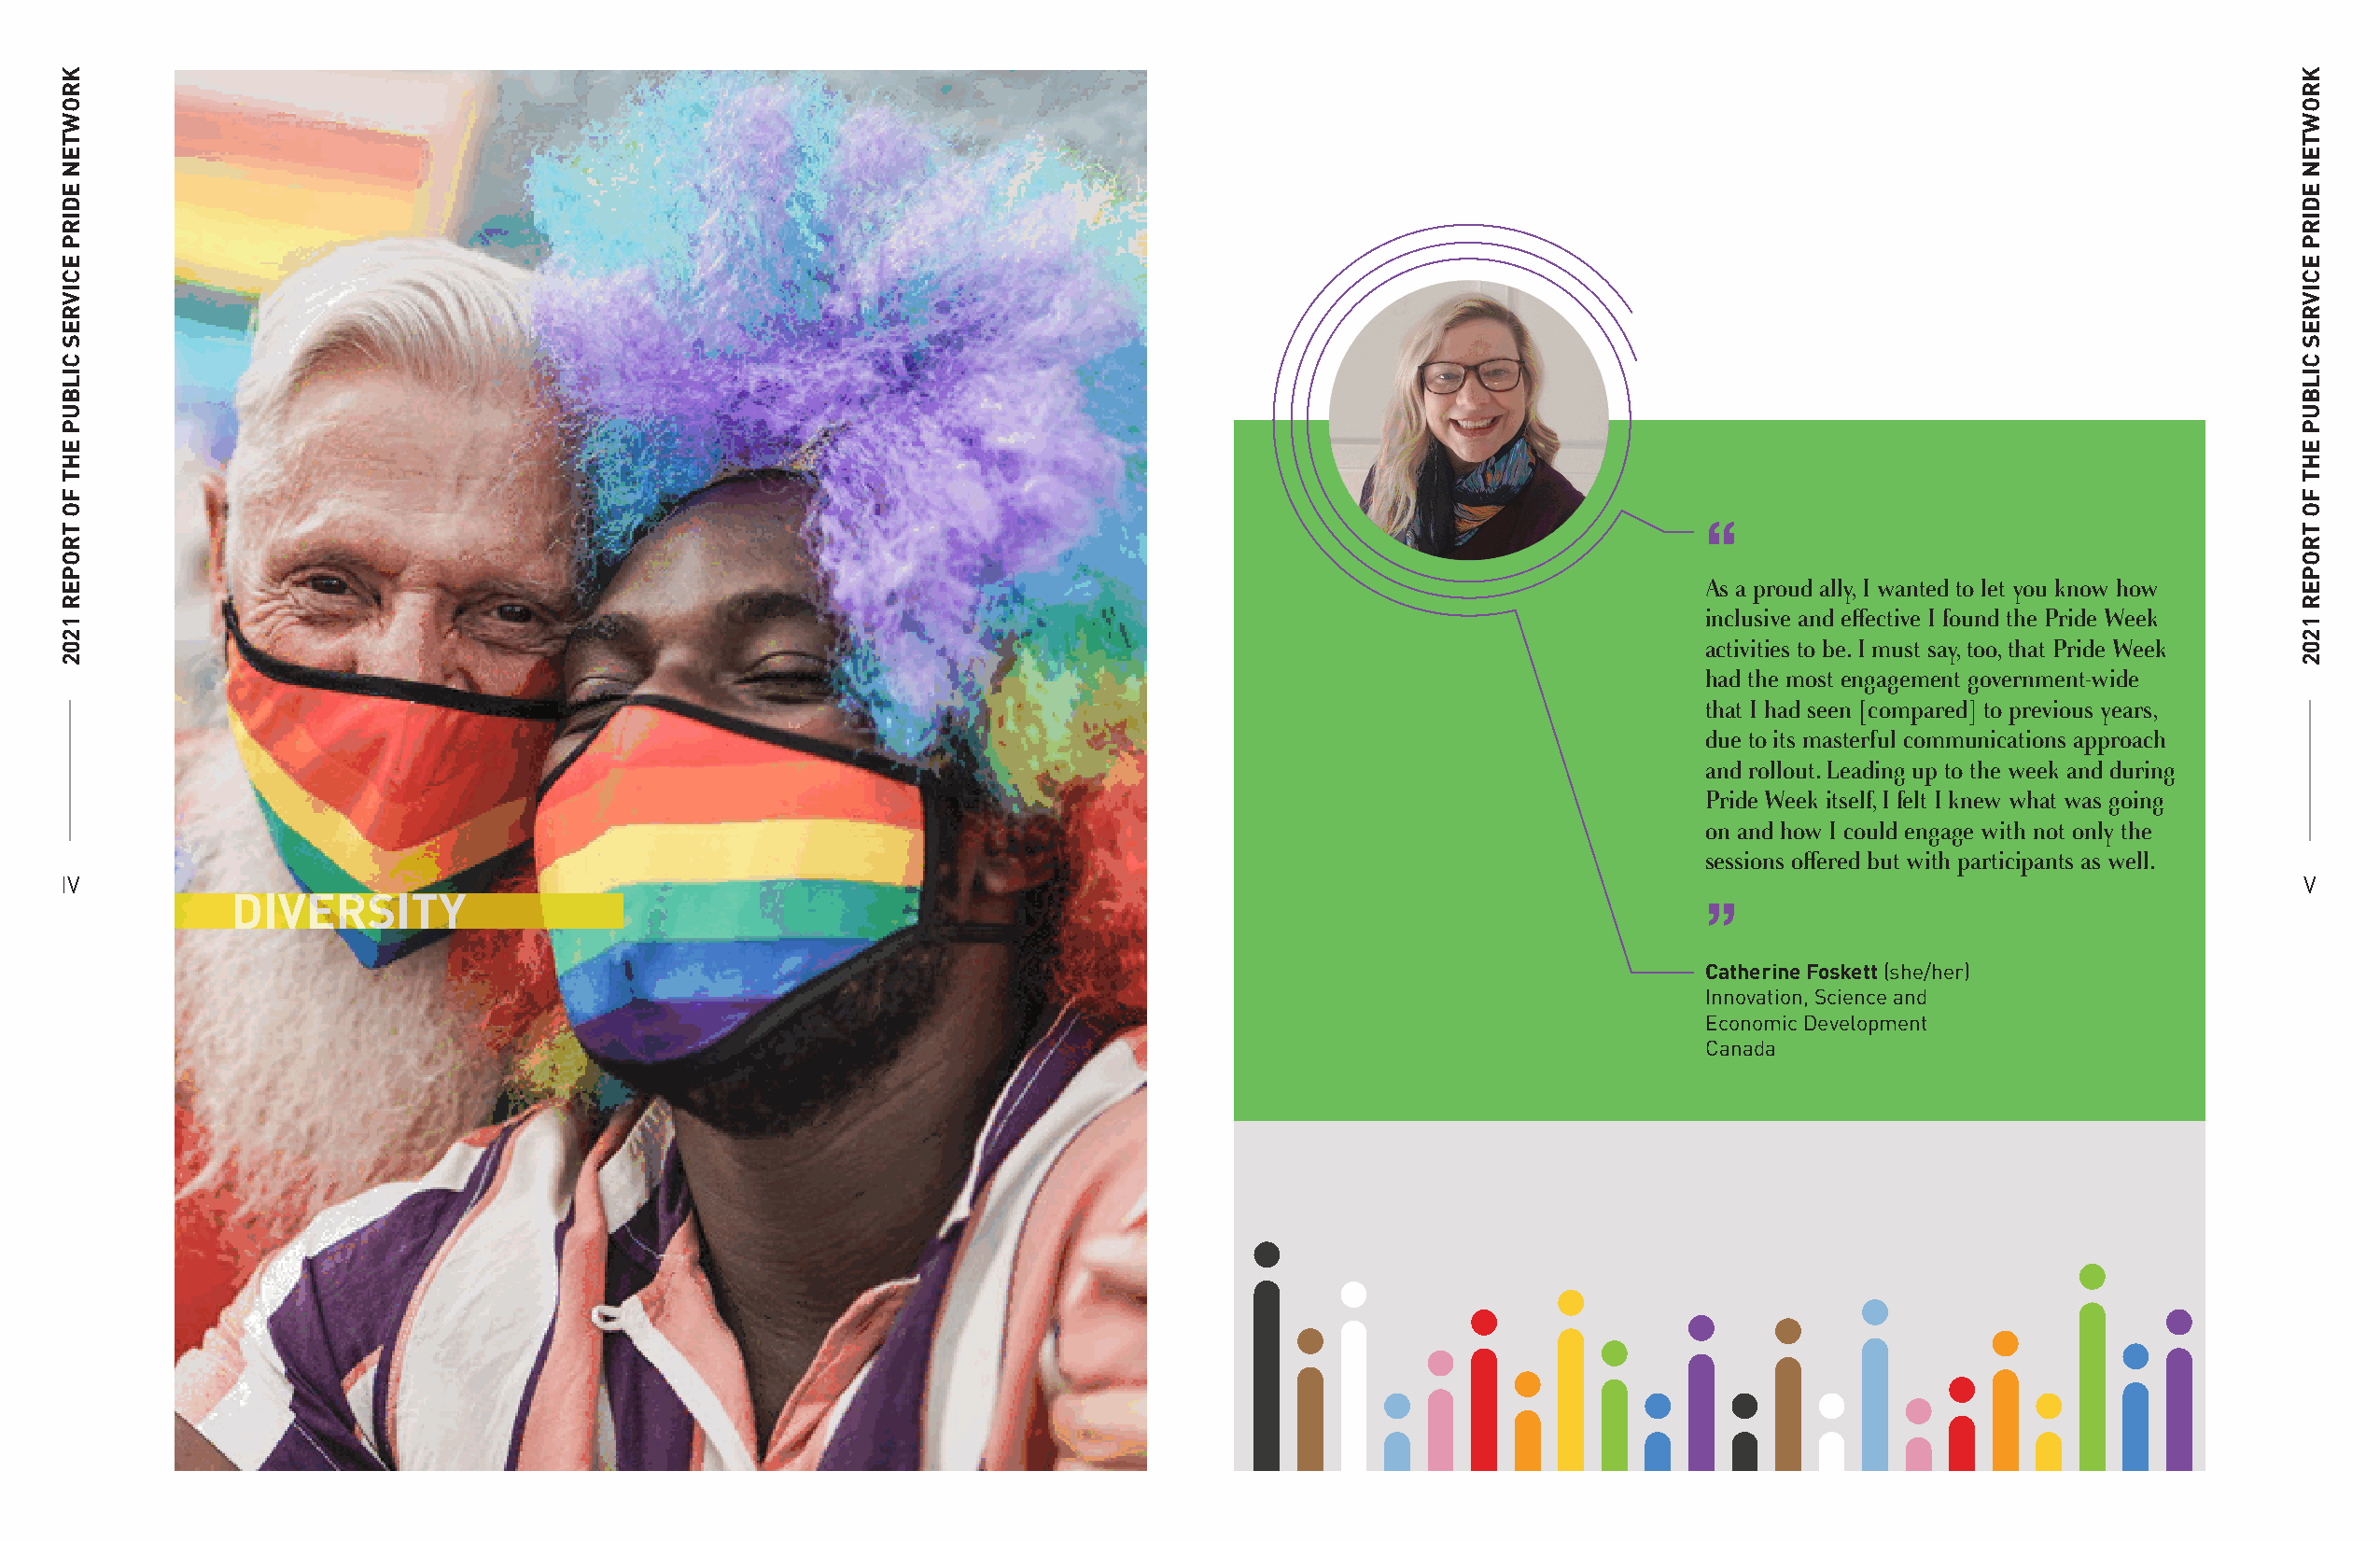
“
 As a proud ally, I wanted to let you know how
 inclusive and effective I found the Pride Week
 activities to be. I must say, too, that Pride Week
 had the most engagement government-wide
 that I had seen [compared] to previous years,
 due to its masterful communications approach
 and rollout. Leading up to the week and during
 Pride Week itself, I felt I knew what was going
 on and how I could engage with not only the
 sessions offered but with participants as well.
 IV                                                                                                                                                             V
 DIVERSITY
 ”
 Catherine Foskett (she/her)
 Innovation, Science and
 Economic Development
 Canada
 KROWTEN
 EDIRP
 ECIVRES
 CILBUP
 EHT
 FO
 TROPER
 1202
 KROWTEN
 EDIRP
 ECIVRES
 CILBUP
 EHT
 FO
 TROPER
 1202